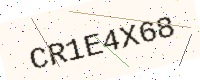
Text: CR1E4X68